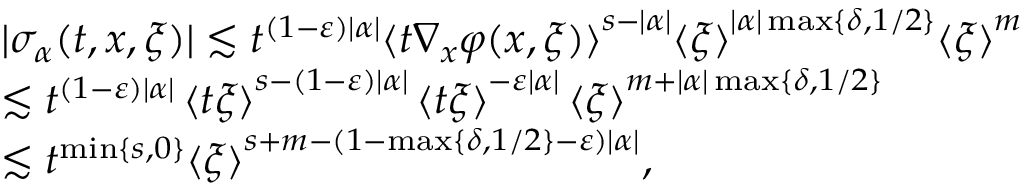
\begin{array} { r l } & { | \sigma _ { \alpha } ( t , x , \xi ) | \lesssim t ^ { ( 1 - \varepsilon ) | \alpha | } { \langle { t \nabla _ { x } \varphi ( x , \xi ) } \rangle } ^ { s - | \alpha | } { \langle { \xi } \rangle } ^ { | \alpha | \operatorname* { m a x } \{ \delta , 1 / 2 \} } { \langle { \xi } \rangle } ^ { m } } \\ & { \lesssim t ^ { ( 1 - \varepsilon ) | \alpha | } \, { \langle { t \xi } \rangle } ^ { s - ( 1 - \varepsilon ) | \alpha | } \, { \langle { t \xi } \rangle } ^ { - \varepsilon | \alpha | } \, { \langle { \xi } \rangle } ^ { m + | \alpha | \operatorname* { m a x } \{ \delta , 1 / 2 \} } } \\ & { \lesssim t ^ { \operatorname* { m i n } \{ s , 0 \} } { \langle { \xi } \rangle } ^ { s + m - ( 1 - \operatorname* { m a x } \{ \delta , 1 / 2 \} - \varepsilon ) | \alpha | } , } \end{array}